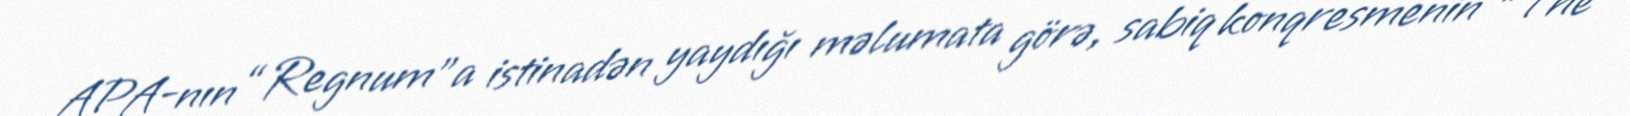
APA-nın “Regnum”a istinadən yaydığı məlumata görə, sabiq konqresmenin “The